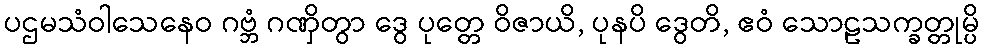
ပဌမသံဝါသေနေဝ ဂဗ္ဘံ ဂဏှိတွာ ဒွေ ပုတ္တေ ဝိဇာယိ, ပုနပိ ဒွေတိ, ဧဝံ သောဠသက္ခတ္တုမ္ပိ